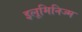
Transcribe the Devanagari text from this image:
इलूमिनिज्म